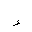
Letter: _hamza